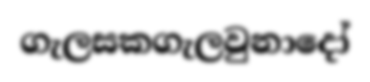
ගැලසකගැලවුනාදෝ